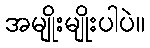
အမျိုးမျိုးပါပဲ။